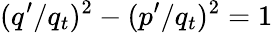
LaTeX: (q^{\prime}/q_{t})^{2}-(p^{\prime}/q_{t})^{2}=1